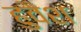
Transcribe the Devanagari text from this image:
हुवैश